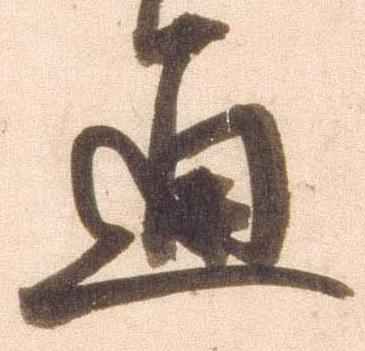
通